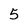
Character: 5